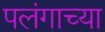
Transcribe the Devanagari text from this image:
पलंगाच्या